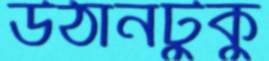
উঠানটুকু